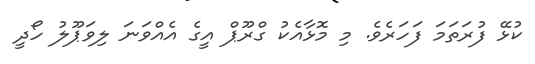
ކުޅޭ ފުރަތަމަ ފަހަރެވެ. މި މޮޅާއެކު ގްރޫޕް އީގެ އެއްވަނަ ލިވަޕޫލު ހޯދީ